Annual report of the Punjab Veterinary College and of the Civil Veterinary Department, Punjab - 1920-1925
Year: 1920
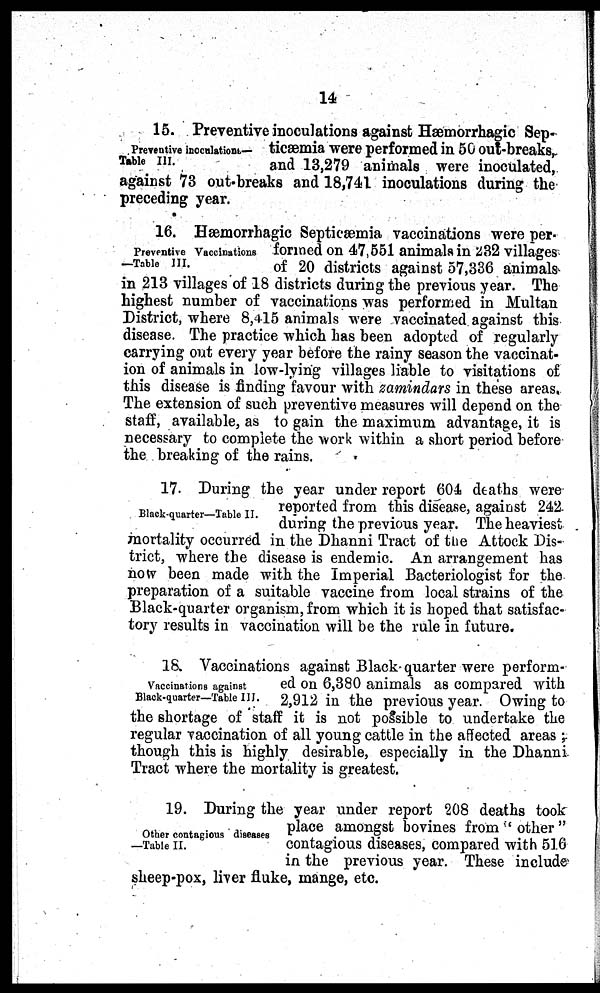
14
Preventive inoculations—
Table III.
15. Preventive inoculations against Hæmorrhagic Sep-
ticæmia were performed in 50 out-breaks,
and 13,279 animals were inoculated,
against 73 out-breaks and 18,741 inoculations during the
preceding year.
Preventive Vaccinations
—Table III.
16. Hæmorrhagic Septicæmia vaccinations were per-
formed on 47,551 animals in 232 villages
of 20 districts against 57,336 animals
in 213 villages of 18 districts during the previous year. The
highest number of vaccinations was performed in Multan
District, where 8,415 animals were vaccinated against this
disease. The practice which has been adopted of regularly
carrying out every year before the rainy season the vaccinat-
ion of animals in low-lying villages liable to visitations of
this disease is finding favour with zamindars in these areas,
The extension of such preventive measures will depend on the
staff, available, as to gain the maximum advantage, it is
necessary to complete the work within a short period before
the breaking of the rains.
Black-quarter—Table II.
17. During the year under report 604 deaths were
reported from this disease, against 242
during the previous year. The heaviest
mortality occurred in the Dhanni Tract of the Attock Dis-
trict, where the disease is endemic. An arrangement has
now been made with the Imperial Bacteriologist for the
preparation of a suitable vaccine from local strains of the
Black-quarter organism, from which it is hoped that satisfac-
tory results in vaccination will be the rule in future.
Vaccinations against
Black-quarter—Table III.
18. Vaccinations against Black-quarter were perform-
ed on 6,380 animals as compared with
2,912 in the previous year. Owing to
the shortage of staff it is not possible to undertake the
regular vaccination of all young cattle in the affected areas;
though this is highly desirable, especially in the Dhanni
Tract where the mortality is greatest.
Other contagious diseases
—Table II.
19. During the year under report 208 deaths took
place amongst bovines from 'other"
contagious diseases, compared with 516
in the previous year. These include
sheep-pox, liver fluke, mange, etc.